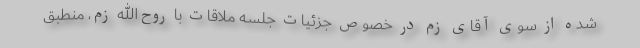
شده از سوی آقای زم در خصوص جزئیات جلسه ملاقات با روح‌الله زم، منطبق